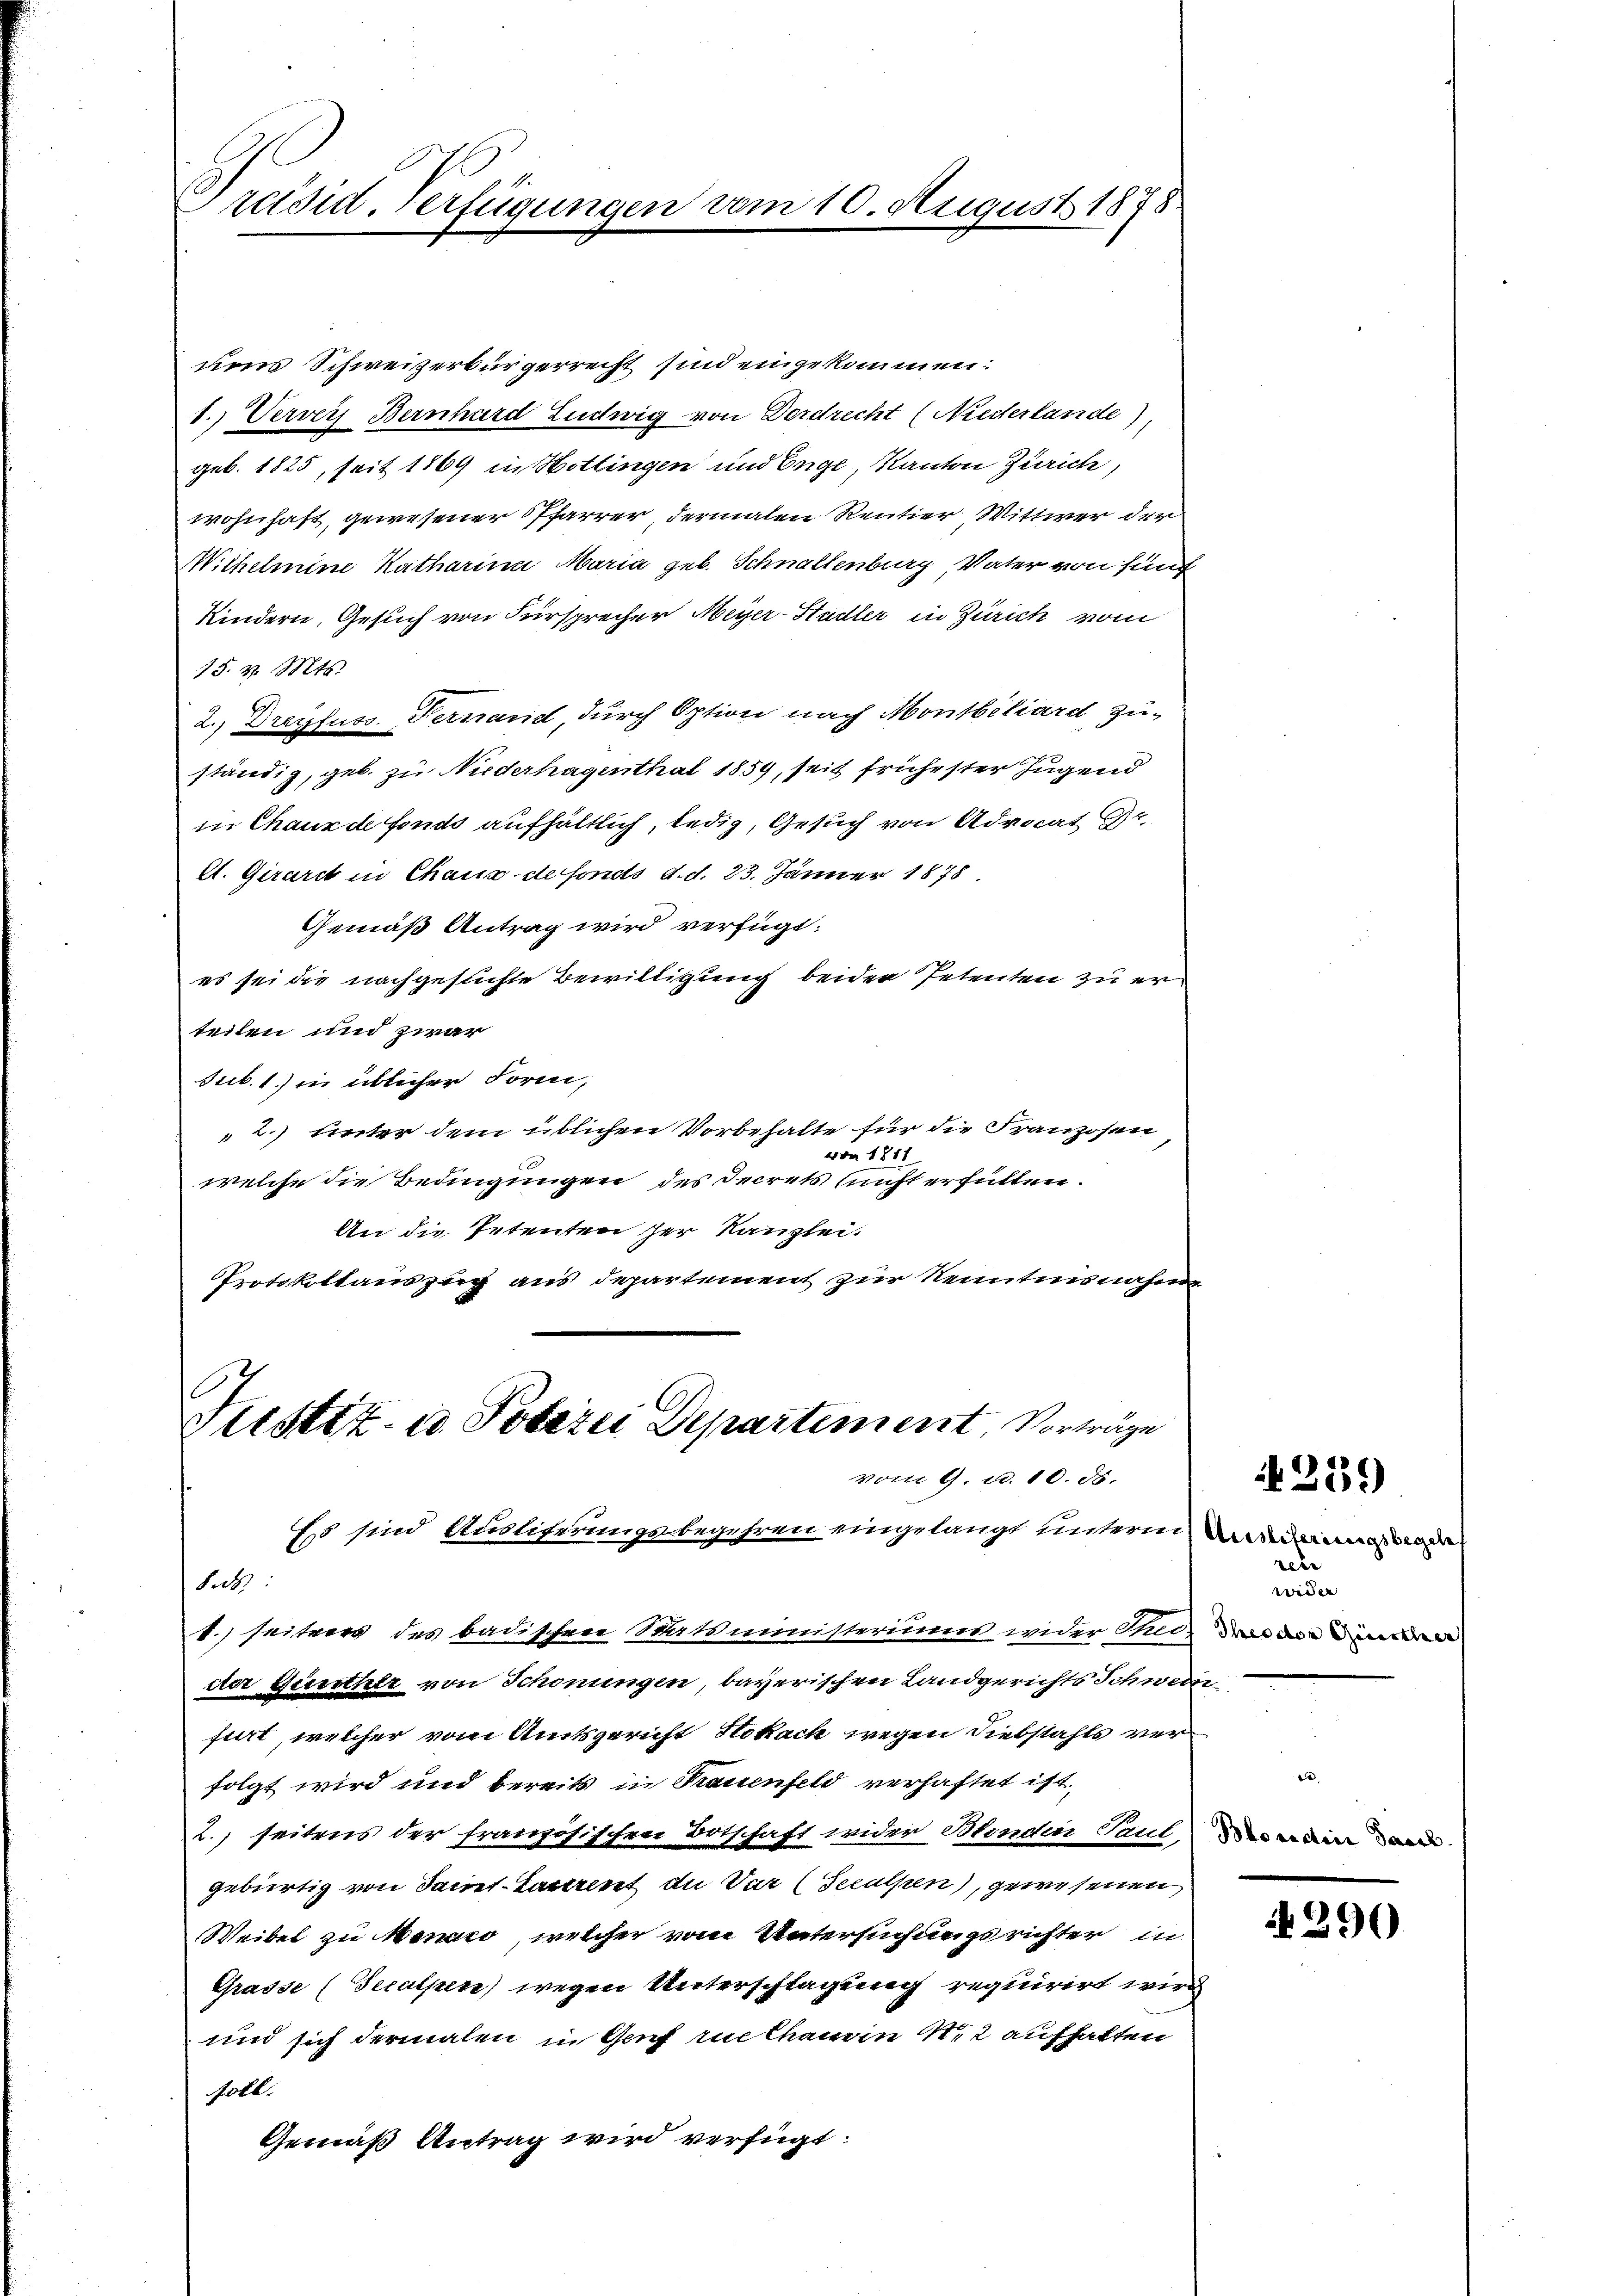
Präsid-Verfügungen vom 10. August 1878

ums Schweizerbürgerrecht sind eingekommen:
1.) Verver Bernhard Ludwig von Dordrecht (Niederlande)
geb. 1825, seit 1869 in Hottingen und Enge, Kanton Zürich,
wohnhaft, gewesener Pfarrer dermalen Rentier Wittwer der
Wilhelmine Katharina Maria geb. Schnallenburg, Vater von funf
Kindern, Gesuch von Fürsprecher Meyer-Stadler in Zürich vom
15. v. Mts.
2.) Dreyfuss. Fernand, durch Option nach Montbiliard zu-
ständig, geb. zu Niederhagenthal 1859, seit frühester Jugend
in Chaux de fonds aufhältlich, ledig, Gesuch von Advocat 2
el. Girardt in Chaux de fonds d. d. 23. Jänner 1878.
Gemäß Antrag wird verfügt:
es sei die nachgesuchte Bewilligung beiden Petenten zu erteilen und zwar
sub. 1) in üblicher Form,
2.) unter dem üblichen Vorbehalte für die Franzosen
von 1811.
welche die Bedingungen des Secrets nicht erfüllen.
An die Petenten her Kanzlei-
Protokollauszug aus departement zur Kenntnisnahme
Justiz- u. Poterei Departement Vorträge
vom 9. d. 10. ds.
Es sind Ausliferungsbegehren eingelangt unterm Aneinmalade
8. d.
1. seiteres des badischen Statsministeriums wider Theo-
der Geierther von Schonungen, bayerischen Landgerichts Schwein
furt, welcher vom Amtsgericht Stokach wegen Diebstahls verfolgt wird und bereits in Frauenfeld verhaftet ist,
.) seitens der französischen Ortschaft wider Blenden Paul,
gebürtig von Sant-Tarriret an Var (Seculsen), gewesenen
Weibel zu Menar, welcher vom Untersuchungsrichter in
Grasse (Tecalpen) wegen Unterschlagung requirirt wird
und sich dermalen in Genf zue Chamin 12 aufhalten
soll.
Gemäß Antrag wird verfügt:

rer
wider
Theodor Giescher

2139

Bloradin Jaccl.

290